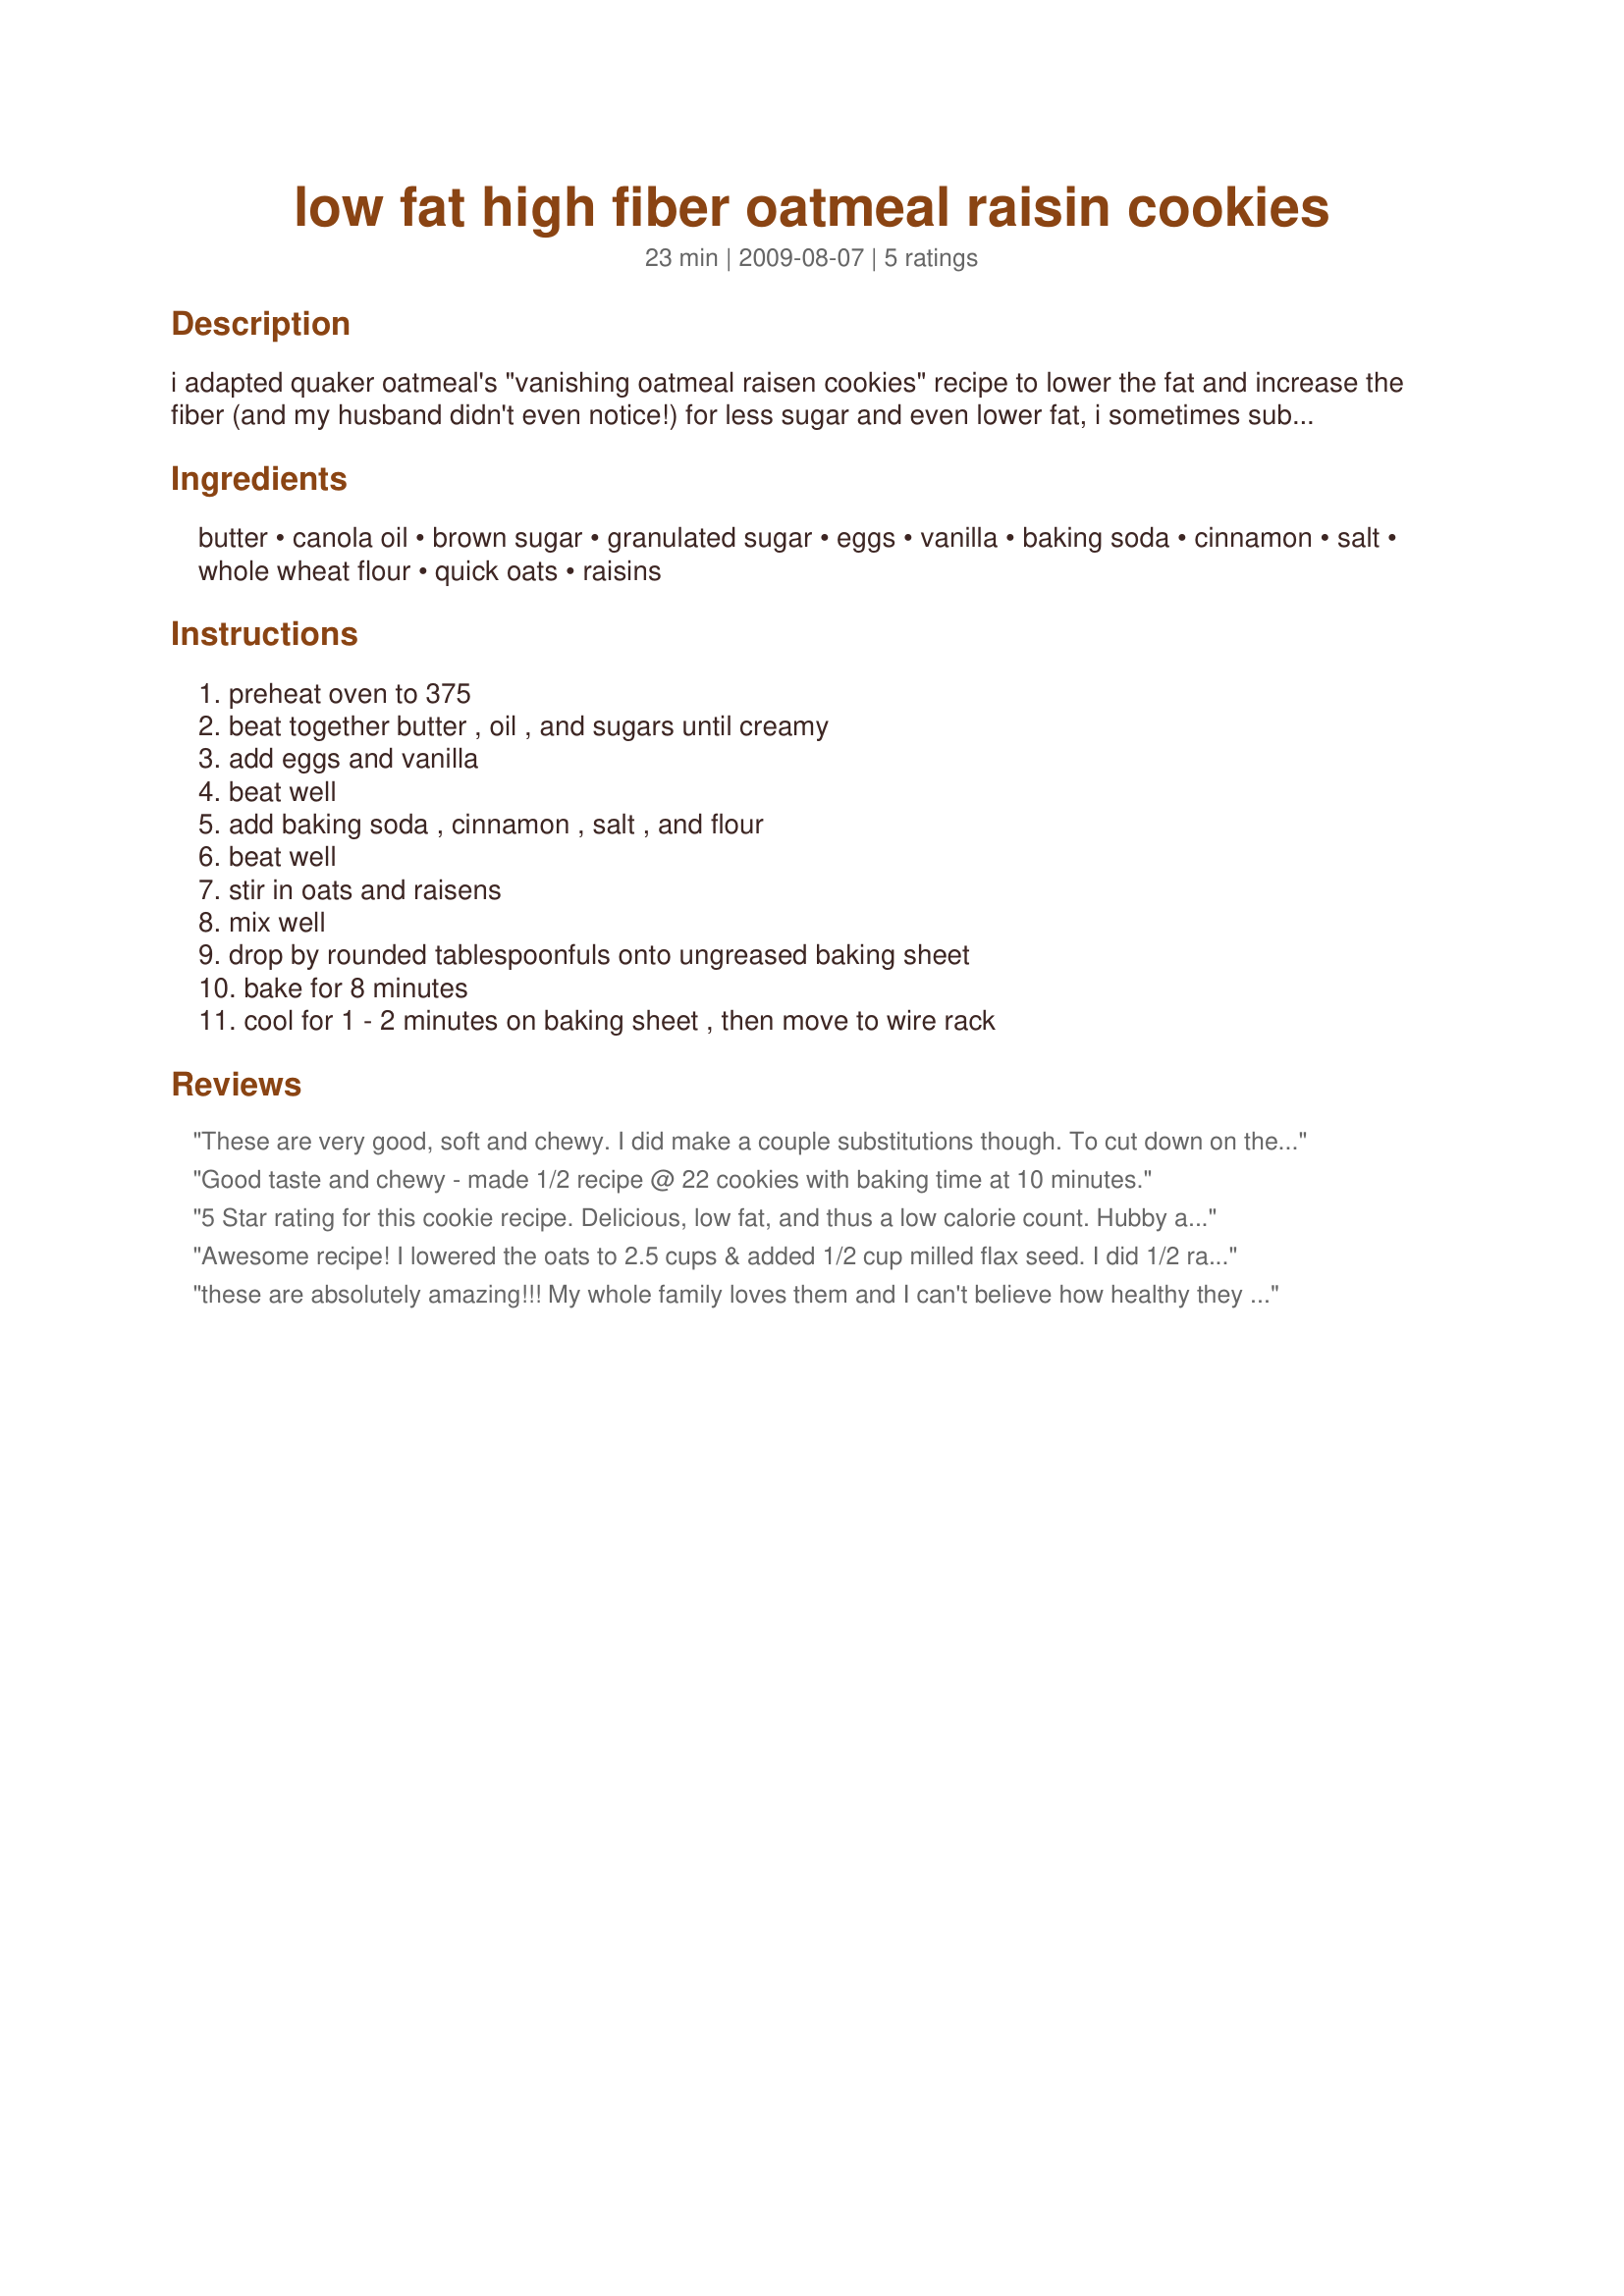
low fat high fiber oatmeal raisin cookies
Preparation time: 23 minutes

i adapted quaker oatmeal's "vanishing oatmeal raisen cookies" recipe to lower the fat and increase the fiber (and my husband didn't even notice!) for less sugar and even lower fat, i sometimes substitute splenda for the granulated sugar and energ egg substitue for the eggs.

Ingredients:
butter, canola oil, brown sugar, granulated sugar, eggs, vanilla, baking soda, cinnamon, salt, whole wheat flour, quick oats, raisins

Steps:
preheat oven to 375, beat together butter , oil , and sugars until creamy, add eggs and vanilla, beat well, add baking soda , cinnamon , salt , and flour, beat well, stir in oats and raisens, mix well, drop by rounded tablespoonfuls onto ungreased baking sheet, bake for 8 minutes, cool for 1 - 2 minutes on baking sheet , then move to wire rack

Reviews:
These are very good, soft and chewy. I did make a couple substitutions though. To cut down on the fat and sugar, I substituted applesauce for the oil, and Splenda for the granulated sugar. I also used unsalted butter to cut down on the sodium. I made them with a small 2 tablespoon ice cream scoop and yielded 28 cookies. So, for 28 cookies, I reduced the calorie count from 142 each to 113 each. The fat content would be reduced by 17.14 mg per cookie (when making 28 cookies). Also, for those watching their sodium content, for 28 cookies, the sodium equals out to 94.28 mg. each.
Good taste and chewy - made 1/2 recipe @ 22 cookies with baking time at 10 minutes.
5 Star rating for this cookie recipe. Delicious, low fat, and thus a low calorie count. Hubby and I both like this recipe and it has been made twice in the last week. Kids are coming home this week, so have to make another batch :-)<br/><br/>Thanks for posting XelaG.
Awesome recipe! I lowered the oats to 2.5 cups & added 1/2 cup milled flax seed. I did 1/2 raisins & 1/2 dried cranberries. They were outstanding! My family couldn't stop eating them.
these are absolutely amazing!!! My whole family loves them and I can't believe how healthy they are! It is nice not to feel guilty giving my son a treat! I would give them 10 stars if I could! way to go!
